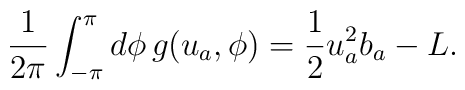
\frac{1}{2\pi}\int_{-\pi}^{\pi}d\phi\,g(u_a,\phi)=\frac{1}{2}u^2_ab_a-L.